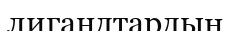
лигандтардың